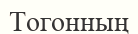
Тогонның